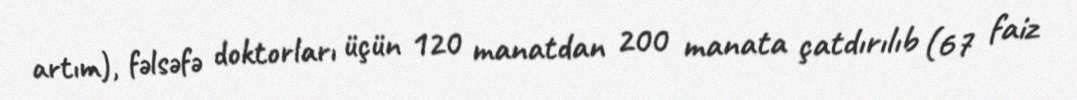
artım), fəlsəfə doktorları üçün 120 manatdan 200 manata çatdırılıb (67 faiz